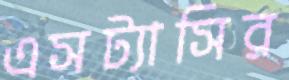
এসট্যাসির